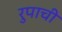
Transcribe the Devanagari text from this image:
रुपाची